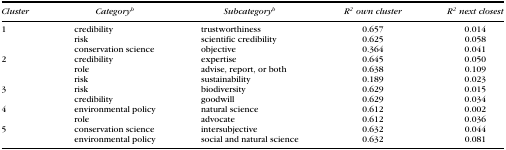
<table><thead><tr><td><b>Cluster</b></td><td><b>Categoryb</b></td><td><b>Subcategoryb</b></td><td><b><i>R</i><sup>2</sup> own cluster</b></td><td><b><i>R</i><sup>2</sup> next closest</b></td></tr></thead><tbody><tr><td>1</td><td>credibility</td><td>trustworthiness</td><td>0.657</td><td>0.014</td></tr><tr><td>[EMPTY_CELL]</td><td>risk</td><td>scientific credibility</td><td>0.625</td><td>0.058</td></tr><tr><td>[EMPTY_CELL]</td><td>conservation science</td><td>objective</td><td>0.364</td><td>0.041</td></tr><tr><td>2</td><td>credibility</td><td>expertise</td><td>0.645</td><td>0.050</td></tr><tr><td>[EMPTY_CELL]</td><td>role</td><td>advise, report, or both</td><td>0.638</td><td>0.109</td></tr><tr><td>[EMPTY_CELL]</td><td>risk</td><td>sustainability</td><td>0.189</td><td>0.023</td></tr><tr><td>3</td><td>risk</td><td>biodiversity</td><td>0.629</td><td>0.015</td></tr><tr><td>[EMPTY_CELL]</td><td>credibility</td><td>goodwill</td><td>0.629</td><td>0.034</td></tr><tr><td>4</td><td>environmental policy</td><td>natural science</td><td>0.612</td><td>0.002</td></tr><tr><td>[EMPTY_CELL]</td><td>role</td><td>advocate</td><td>0.612</td><td>0.036</td></tr><tr><td>5</td><td>conservation science</td><td>intersubjective</td><td>0.632</td><td>0.044</td></tr><tr><td>[EMPTY_CELL]</td><td>environmental policy</td><td>social and natural science</td><td>0.632</td><td>0.081</td></tr></tbody></table>